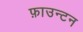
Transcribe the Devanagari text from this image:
फ़ाउन्टन